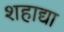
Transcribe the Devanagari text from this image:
शहाद्या